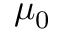
\mu _ { 0 }